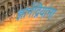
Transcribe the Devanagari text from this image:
ज्ञानेंद्रियांना